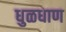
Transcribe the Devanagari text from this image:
धुळधाण